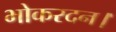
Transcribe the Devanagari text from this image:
भोकरदन।